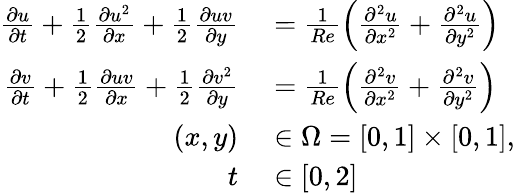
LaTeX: \begin{array}{rl}{\frac{\partial u}{\partial t}+\frac{1}{2}\frac{\partial u^{2}}{\partial x}+\frac{1}{2}\frac{\partial uv}{\partial y}}&{{}=\frac{1}{Re}\left(\frac{\partial^{2}u}{\partial x^{2}}+\frac{\partial^{2}u}{\partial y^{2}}\right)}\\ {\frac{\partial v}{\partial t}+\frac{1}{2}\frac{\partial uv}{\partial x}+\frac{1}{2}\frac{\partial v^{2}}{\partial y}}&{{}=\frac{1}{Re}\left(\frac{\partial^{2}v}{\partial x^{2}}+\frac{\partial^{2}v}{\partial y^{2}}\right)}\\ {(x,y)}&{{}\in\Omega=[0,1]\times[0,1],}\\ {t}&{{}\in[0,2]}\end{array}